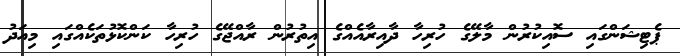
ޕެޓިޝަންގައި ސޮއިކުރުން މާލޭގެ ހުރިހާ ދާއިރާއެއްގެ އިތުރުން ރާއްޖޭގެ ހުރިހާ ކަންކޮޅުތަކެއްގައި މިއަދު